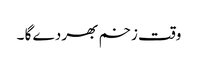
وقت زخم بھر دے گا ۔